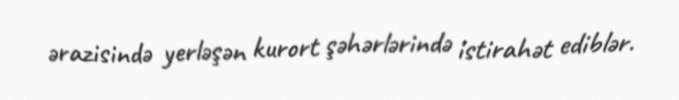
ərazisində yerləşən kurort şəhərlərində istirahət ediblər.